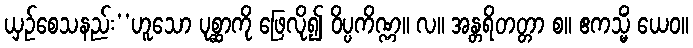
ယှဉ်စေသနည်း’’ဟူသော ပုစ္ဆာကို ဖြေလို၍ ဝိပ္ပကိဏ္ဏ။ လ။ အန္တရိတတ္တာ စ။ ဧကသ္မိံ ယေဝ။